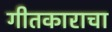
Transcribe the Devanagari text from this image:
गीतकाराचा